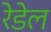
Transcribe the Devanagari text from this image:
रेडेल